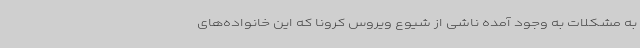
به مشکلات به وجود آمده ناشی از شیوع ویروس کرونا که این خانواده‌های